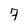
Character: 7